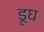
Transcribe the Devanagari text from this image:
डूघ